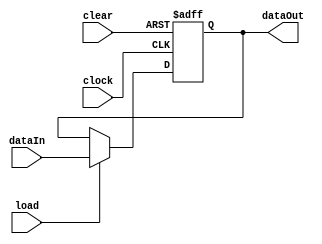
module register_master(load,clear,clock,dataIn,dataOut);
	
	parameter size = 1;
	
	input load,clear,clock;
	input [size-1:0]dataIn;
	output reg [size-1:0]dataOut;
	
always@(posedge clock,negedge clear)
	if(!clear)
		dataOut <= 0;
	else//no reset
		if(load)
			dataOut <= dataIn;
		else
			dataOut <= dataOut;


		

endmodule